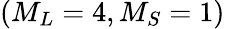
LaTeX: (M_{L}=4,M_{S}=1)